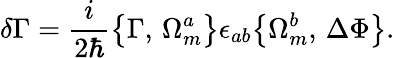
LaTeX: \delta\Gamma=\frac{i}{2\hbar}\bigl\{ \Gamma,\, \Omega_{m}^{a}\bigr\} \epsilon_{ab}\bigl\{ \Omega_{m}^{b},\, \Delta\Phi\bigr\} .